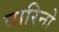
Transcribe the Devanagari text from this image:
बारिनो